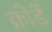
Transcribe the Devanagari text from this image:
क्रोडें